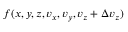
f ( x , y , z , v _ { x } , v _ { y } , v _ { z } + \Delta v _ { z } )